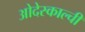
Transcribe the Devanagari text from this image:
ओदेस्काल्ची